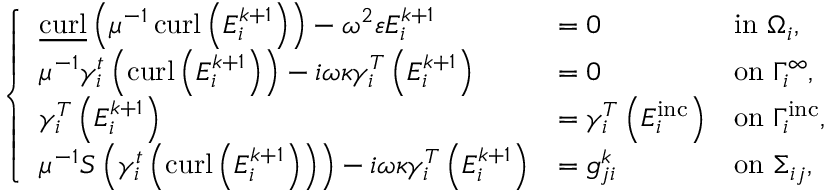
\begin{array} { r } { \left\{ \begin{array} { l l l } { \underline { { \operatorname { c u r l } } } \left( \mu ^ { - 1 } \operatorname { c u r l } \left( E _ { i } ^ { k + 1 } \right) \right) - \omega ^ { 2 } \varepsilon E _ { i } ^ { k + 1 } } & { = 0 } & { \mathrm { i n } \ \Omega _ { i } , } \\ { \mu ^ { - 1 } \gamma _ { i } ^ { t } \left( \operatorname { c u r l } \left( E _ { i } ^ { k + 1 } \right) \right) - i \omega \kappa \gamma _ { i } ^ { T } \left( E _ { i } ^ { k + 1 } \right) } & { = 0 } & { \mathrm { o n } \ \Gamma _ { i } ^ { \infty } , } \\ { \gamma _ { i } ^ { T } \left( E _ { i } ^ { k + 1 } \right) } & { = \gamma _ { i } ^ { T } \left( E _ { i } ^ { \mathrm { i n c } } \right) } & { \mathrm { o n } \ \Gamma _ { i } ^ { \mathrm { i n c } } , } \\ { \mu ^ { - 1 } S \left( \gamma _ { i } ^ { t } \left( \operatorname { c u r l } \left( E _ { i } ^ { k + 1 } \right) \right) \right) - i \omega \kappa \gamma _ { i } ^ { T } \left( E _ { i } ^ { k + 1 } \right) } & { = g _ { j i } ^ { k } } & { \mathrm { o n } \ \Sigma _ { i j } , } \end{array} \right. } \end{array}